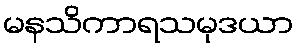
မနသိကာရသမုဒယာ